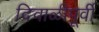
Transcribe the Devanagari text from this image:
दिवाळीपूर्वी